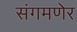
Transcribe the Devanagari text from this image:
संगमणेर